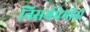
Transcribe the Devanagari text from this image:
निसर्गप्रेमींनी